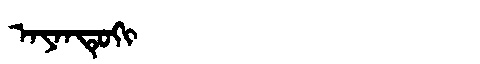
Manchu: ᠠᠶᠠᠨᡨᡠᡴᡳ
Romanization: AYANTUKI